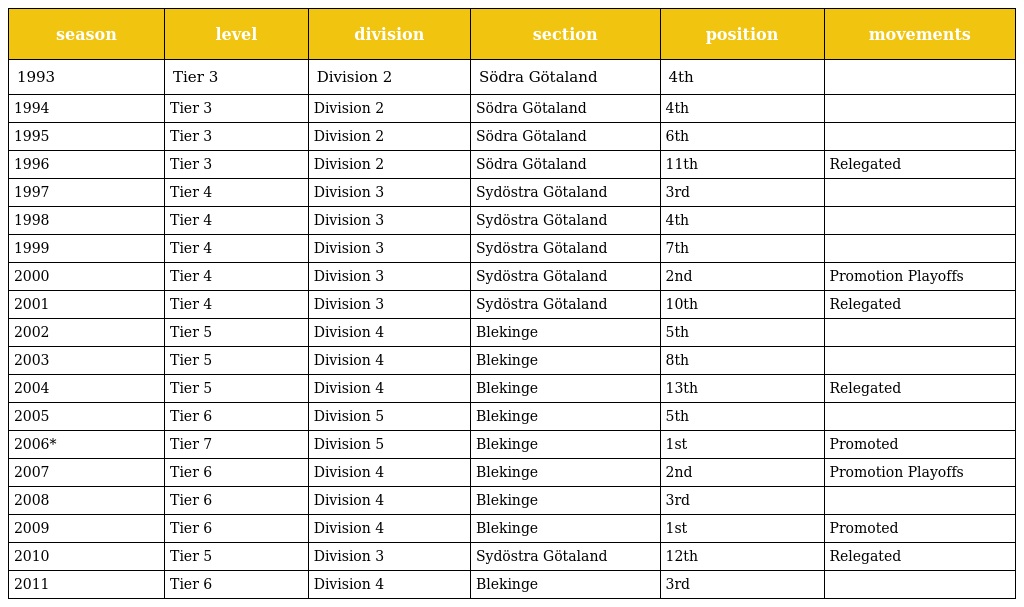
| season | level | division | section | position | movements |
 | --- | --- | --- | --- | --- | --- |
 | 1993 | Tier 3 | Division 2 | Södra Götaland | 4th |  |
 | 1994 | Tier 3 | Division 2 | Södra Götaland | 4th |  |
 | 1995 | Tier 3 | Division 2 | Södra Götaland | 6th |  |
 | 1996 | Tier 3 | Division 2 | Södra Götaland | 11th | Relegated |
 | 1997 | Tier 4 | Division 3 | Sydöstra Götaland | 3rd |  |
 | 1998 | Tier 4 | Division 3 | Sydöstra Götaland | 4th |  |
 | 1999 | Tier 4 | Division 3 | Sydöstra Götaland | 7th |  |
 | 2000 | Tier 4 | Division 3 | Sydöstra Götaland | 2nd | Promotion Playoffs |
 | 2001 | Tier 4 | Division 3 | Sydöstra Götaland | 10th | Relegated |
 | 2002 | Tier 5 | Division 4 | Blekinge | 5th |  |
 | 2003 | Tier 5 | Division 4 | Blekinge | 8th |  |
 | 2004 | Tier 5 | Division 4 | Blekinge | 13th | Relegated |
 | 2005 | Tier 6 | Division 5 | Blekinge | 5th |  |
 | 2006* | Tier 7 | Division 5 | Blekinge | 1st | Promoted |
 | 2007 | Tier 6 | Division 4 | Blekinge | 2nd | Promotion Playoffs |
 | 2008 | Tier 6 | Division 4 | Blekinge | 3rd |  |
 | 2009 | Tier 6 | Division 4 | Blekinge | 1st | Promoted |
 | 2010 | Tier 5 | Division 3 | Sydöstra Götaland | 12th | Relegated |
 | 2011 | Tier 6 | Division 4 | Blekinge | 3rd |  |